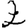
Digit: 2